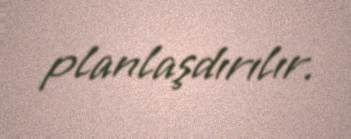
planlaşdırılır.